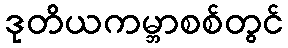
ဒုတိယကမ္ဘာစစ်တွင်